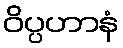
ဝိပ္ပဟာနံ